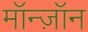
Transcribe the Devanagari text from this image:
मॉन्ज़ॉन